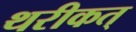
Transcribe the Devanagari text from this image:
थरीकत्